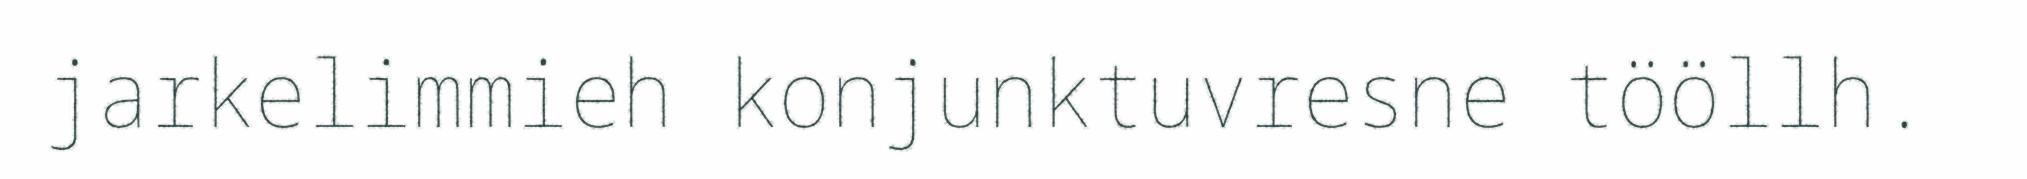
jarkelimmieh konjunktuvresne tööllh.